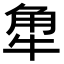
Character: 𧢻